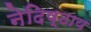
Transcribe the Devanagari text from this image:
नेदिष्ठाय